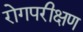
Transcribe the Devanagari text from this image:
रोगपरीक्षण